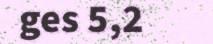
ges 5,2